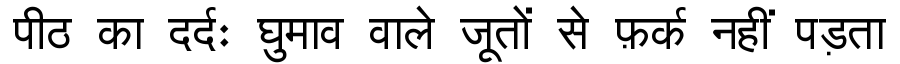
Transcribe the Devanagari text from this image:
पीठ का दर्दः घुमाव वाले जूतों से फ़र्क नहीं पड़ता